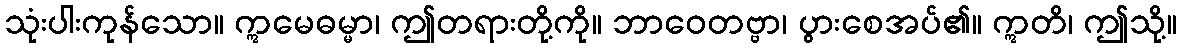
သုံးပါးကုန်သော။ ဣမေဓမ္မာ၊ ဤတရားတို့ကို။ ဘာဝေတဗ္ဗာ၊ ပွားစေအပ်၏။ ဣတိ၊ ဤသို့။